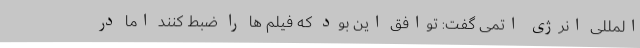
المللی انرژی اتمی گفت: توافق این بود که فیلم ها را ضبط کنند اما در